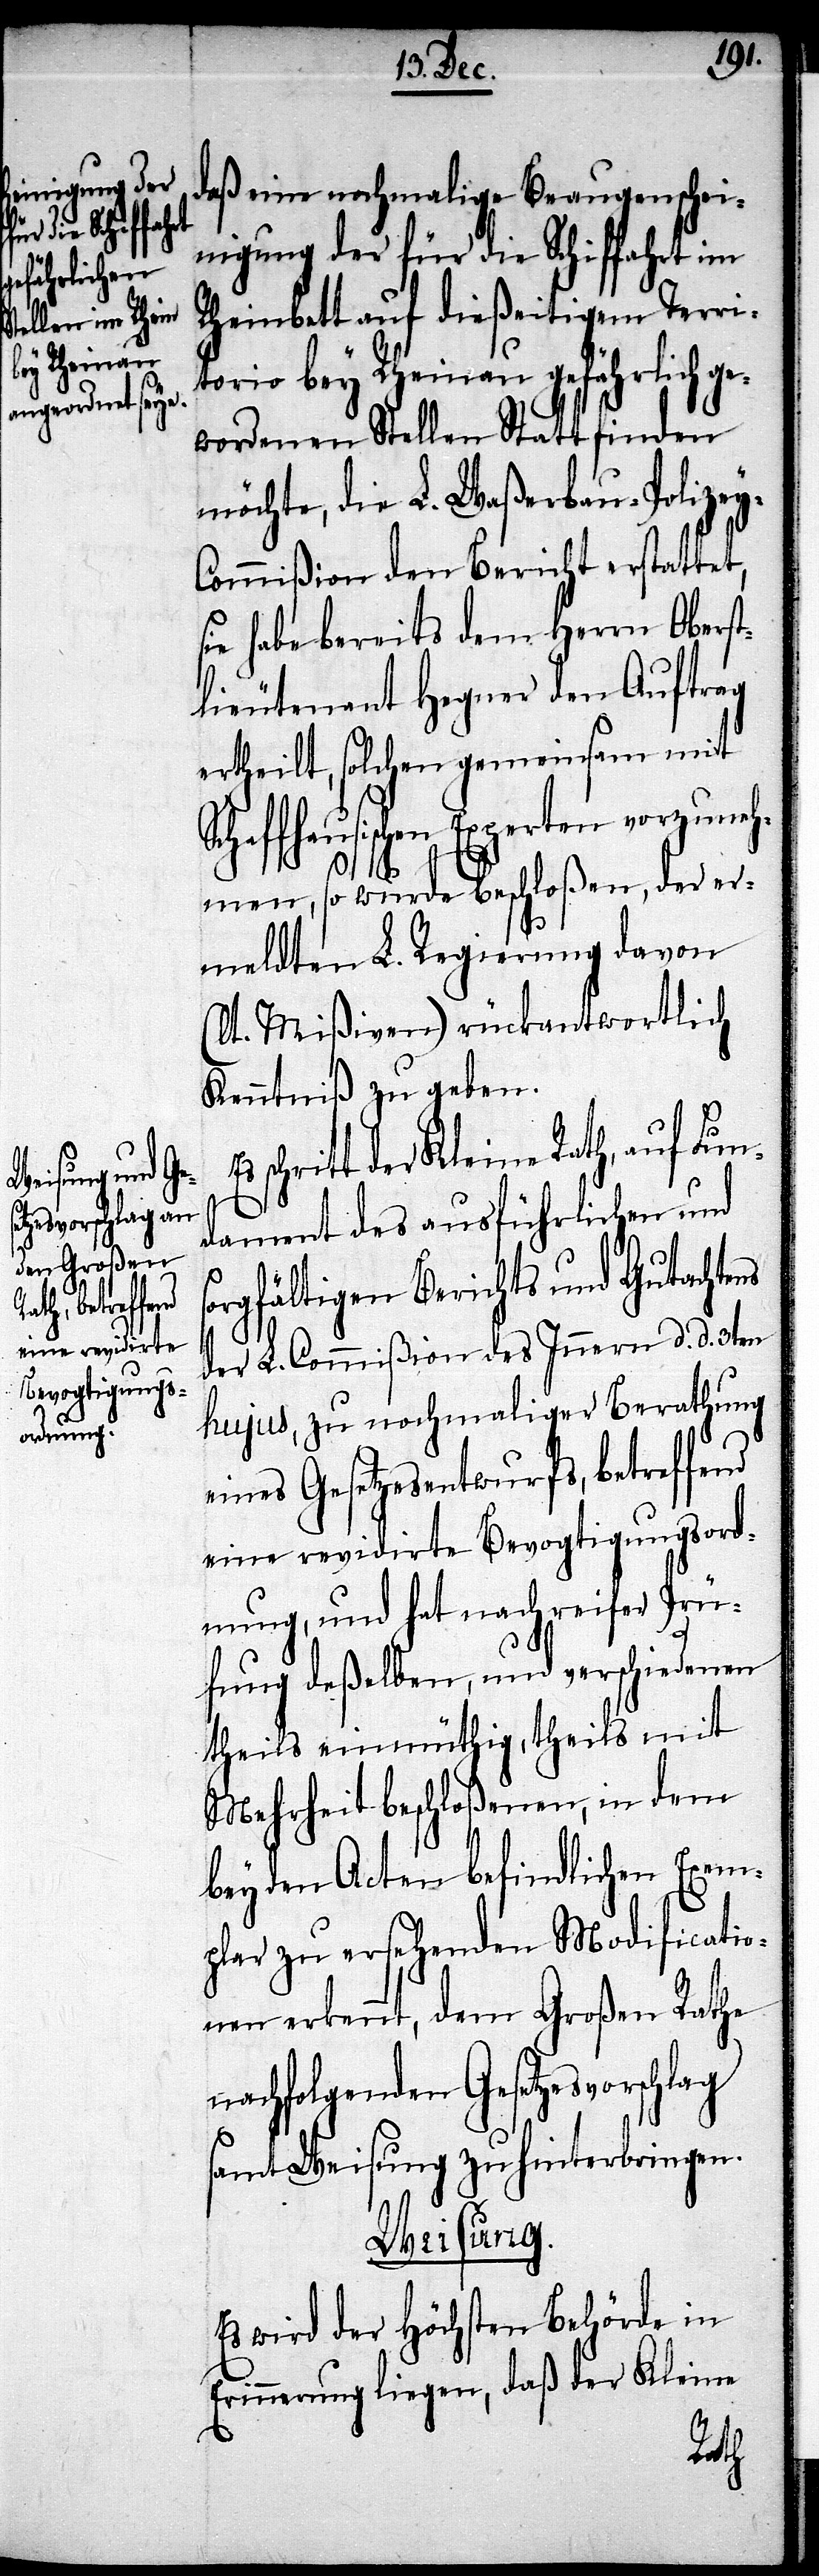
nigung der
igem Ter¬

s¬
daß eine nochmalige Beaugenschei¬
orio bey Rheinau gefährlich ge¬
wordenen Stellen Statt finden
möchte, die L. Waßerbau-Polizey-C¬
ommißion den Bericht erstattet,
sie habe bereits dem Herrn Oberst¬
lieutenant Hegner den Auftrag
ertheilt, solchen gemeinsam mit
Schaffhausischen Experten vorzuneh¬
men, so wurde beschloßen, der er¬
meldten L. Regierung davon
(lt. Mißiven) rückantwortlich
Kenntniß zu geben.
schritt der Kleine Rath, auf Fun¬
dament des ausführlichen und
orgfältigen Berichts und Gutachtens
der L. Commißion des Innern d. d. 3ten
hujus, zu nochmaliger Berathung
eines Gesetzesentwurfes, betreffend
eine revidirte Bevogtigungsord¬
nung, und hat nach reifer Prü¬
fung deßelben, und verschiedenen
theils einmüthig, theils mit
Mehrheit beschloßenen, in dem
bey den Acten befindlichen Exem¬
plar zu ersehenden Modificatio¬
nen erkennt, dem Großen Rathe
nachfolgenden Gesetzesvorschlag
samt Weisung zu hinterbringen.
Weisung.
Es wird der Höchsten Behörde in
Erinnerung liegen, daß der Kleine
rit¬